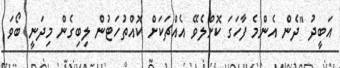
އަބީދު "ދެން އެންމެ ފާހަގަ ކޮށްލެވޭ އެއްޗަކަށް ކޮއްތުހަޓުން ލިބިގެން މިދަނީ ބޯވަ